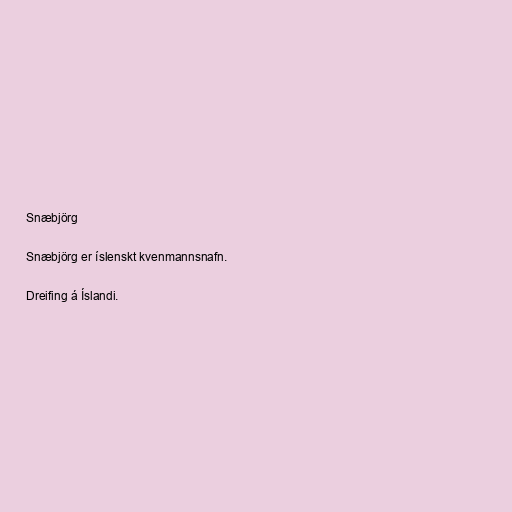
Snæbjörg

Snæbjörg er íslenskt kvenmannsnafn.

Dreifing á Íslandi.